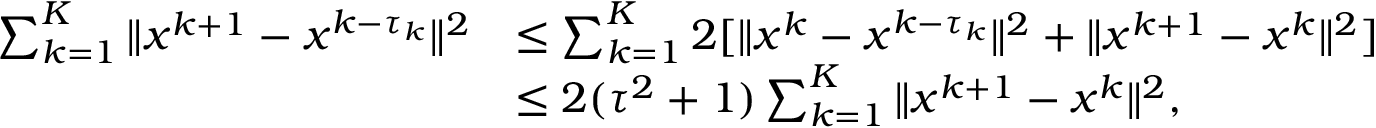
\begin{array} { r l } { \sum _ { k = 1 } ^ { K } \| x ^ { k + 1 } - x ^ { k - \tau _ { k } } \| ^ { 2 } } & { \leq \sum _ { k = 1 } ^ { K } 2 [ \| x ^ { k } - x ^ { k - \tau _ { k } } \| ^ { 2 } + \| x ^ { k + 1 } - x ^ { k } \| ^ { 2 } ] } \\ & { \leq 2 ( \tau ^ { 2 } + 1 ) \sum _ { k = 1 } ^ { K } \| x ^ { k + 1 } - x ^ { k } \| ^ { 2 } , } \end{array}